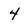
Character: 4